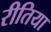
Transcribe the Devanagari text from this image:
रीतिया